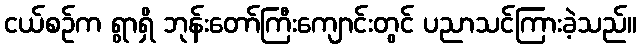
ငယ်စဉ်က ရွာရှိ ဘုန်းတော်ကြီးကျောင်းတွင် ပညာသင်ကြားခဲ့သည်။